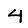
Digit: 4